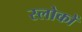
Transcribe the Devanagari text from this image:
स्लोकों